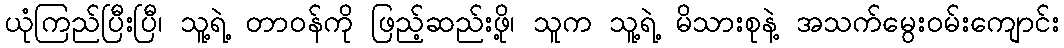
ယုံကြည်ပြီးပြီ၊ သူ့ရဲ့ တာဝန်ကို ဖြည့်ဆည်းဖို့၊ သူက သူ့ရဲ့ မိသားစုနဲ့ အသက်မွေးဝမ်းကျောင်း